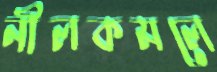
নীলকমলে